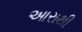
આરાથી